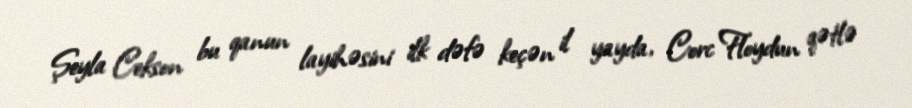
Şeyla Cekson bu qanun layihəsini ilk dəfə keçən il yayda, Corc Floydun qətlə